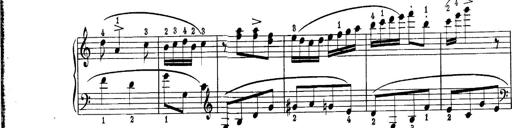
Title: Piano Sonatina No.1 in C major
Composer: Tadeusz Joteyko
Key: C major